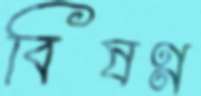
বিষণ্ণ